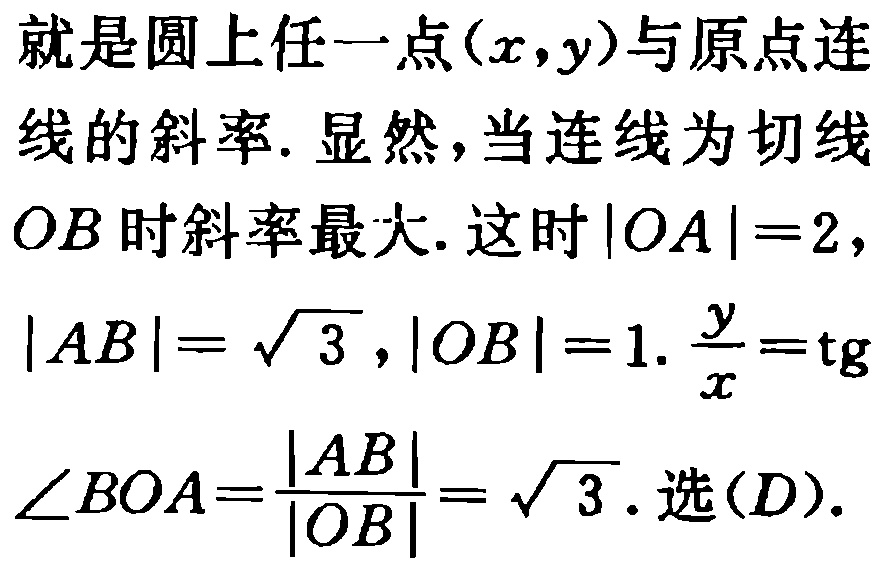
就是圆上任一点\((x,y)\)与原点连线的斜率. 显然,当连线为切线\(OB\)时斜率最大. 这时\(|OA| = 2\),\(|AB|=\sqrt{3}\),\(|OB| = 1\). \(\frac{y}{x}=\mathrm{tg}\angle BOA=\frac{|AB|}{|OB|}=\sqrt{3}\). 选\((D)\).